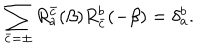
\sum _ { \bar { c } = \pm } R _ { a } ^ { \bar { c } } ( \beta ) R _ { \bar { c } } ^ { b } ( - \beta ) = \delta _ { a } ^ { b } .